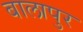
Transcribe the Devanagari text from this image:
बालापुर